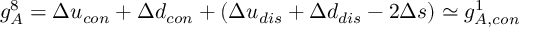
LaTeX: g _ { A } ^ { 8 } = \Delta u _ { c o n } + \Delta d _ { c o n } + ( \Delta u _ { d i s } + \Delta d _ { d i s } - 2 \Delta s ) \simeq g _ { A , c o n } ^ { 1 }